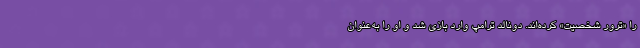
را «ترور شخصیت» کرده‌اند. دونالد ترامپ وارد بازی شد و او را به‌عنوان